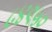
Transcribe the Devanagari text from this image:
८४९५०